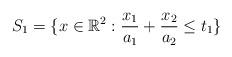
LaTeX: \begin{align*} S_1= \{ x \in \mathbb{R}^2 : \dfrac{x_1}{a_1}+ \dfrac{x_2}{a_2} \leq t_1 \} \end{align*}